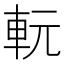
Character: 䡇